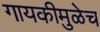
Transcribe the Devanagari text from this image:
गायकीमुळेच